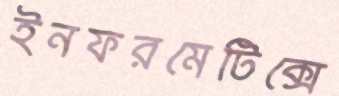
ইনফরমেটিক্সে